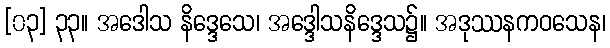
[၀၃] ၃၃။ အဒေါသ နိဒ္ဒေသေ၊ အဒ္ဒေါသနိဒ္ဒေသ၌။ အဒုဿနကဝသေန၊